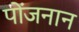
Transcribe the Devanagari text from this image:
पोंजनान